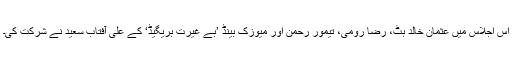
اس اجلاس میں عثمان خالد بٹ، رضا رومی، تیمور رحمٰن اور میوزک بینڈ ’بے غیرت بریگیڈ‘ کے علی آفتاب سعید نے شرکت کی۔